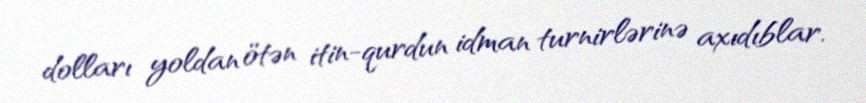
dolları yoldan ötən itin-qurdun idman turnirlərinə axıdıblar.